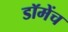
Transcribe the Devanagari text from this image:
डॉमेंच